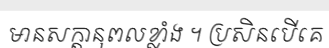
មានសក្តានុពលខ្លាំង ។ ប្រសិនបើគេ